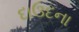
દાઉદના